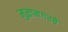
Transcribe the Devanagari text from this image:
मुळानगरचे